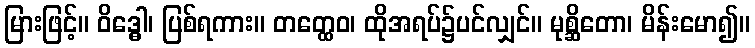
မြားဖြင့်။ ဝိဒ္ဓေါ၊ ပြစ်ရကား။ တတ္ထေဝ၊ ထိုအရပ်၌ပင်လျှင်။ မုစ္ဆိတော၊ မိန်းမော၍။